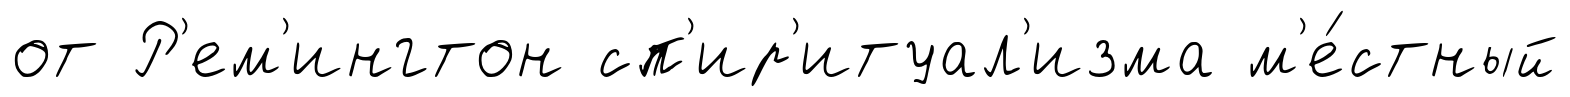
от Р'ем'ингтон сп'ир'итуал'изма м'е́стный